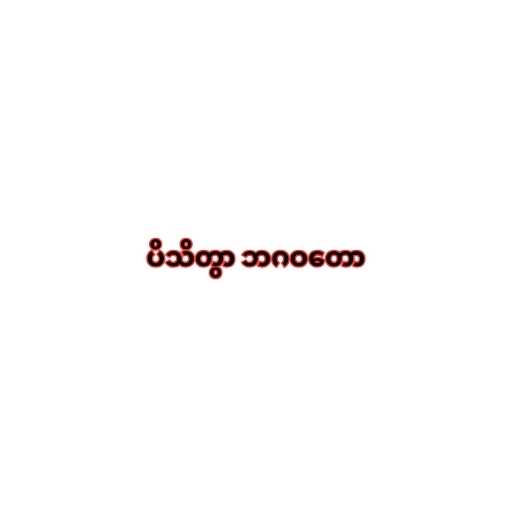
ပိသိတွာ ဘဂဝတော